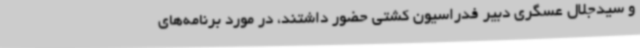
و سیدجلال عسگری دبیر فدراسیون کشتی حضور داشتند، در مورد برنامه‌های